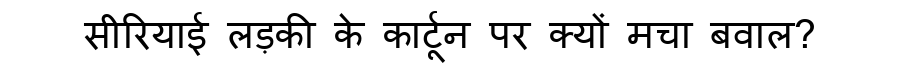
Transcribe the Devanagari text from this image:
सीरियाई लड़की के कार्टून पर क्यों मचा बवाल?